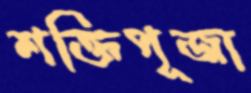
শক্তিপূজা